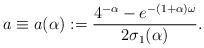
LaTeX: \begin{align*}a \equiv a(\alpha) := \frac{4^{-\alpha} - e^{-(1+\alpha)\omega}}{2\sigma_{1}(\alpha)}.\end{align*}